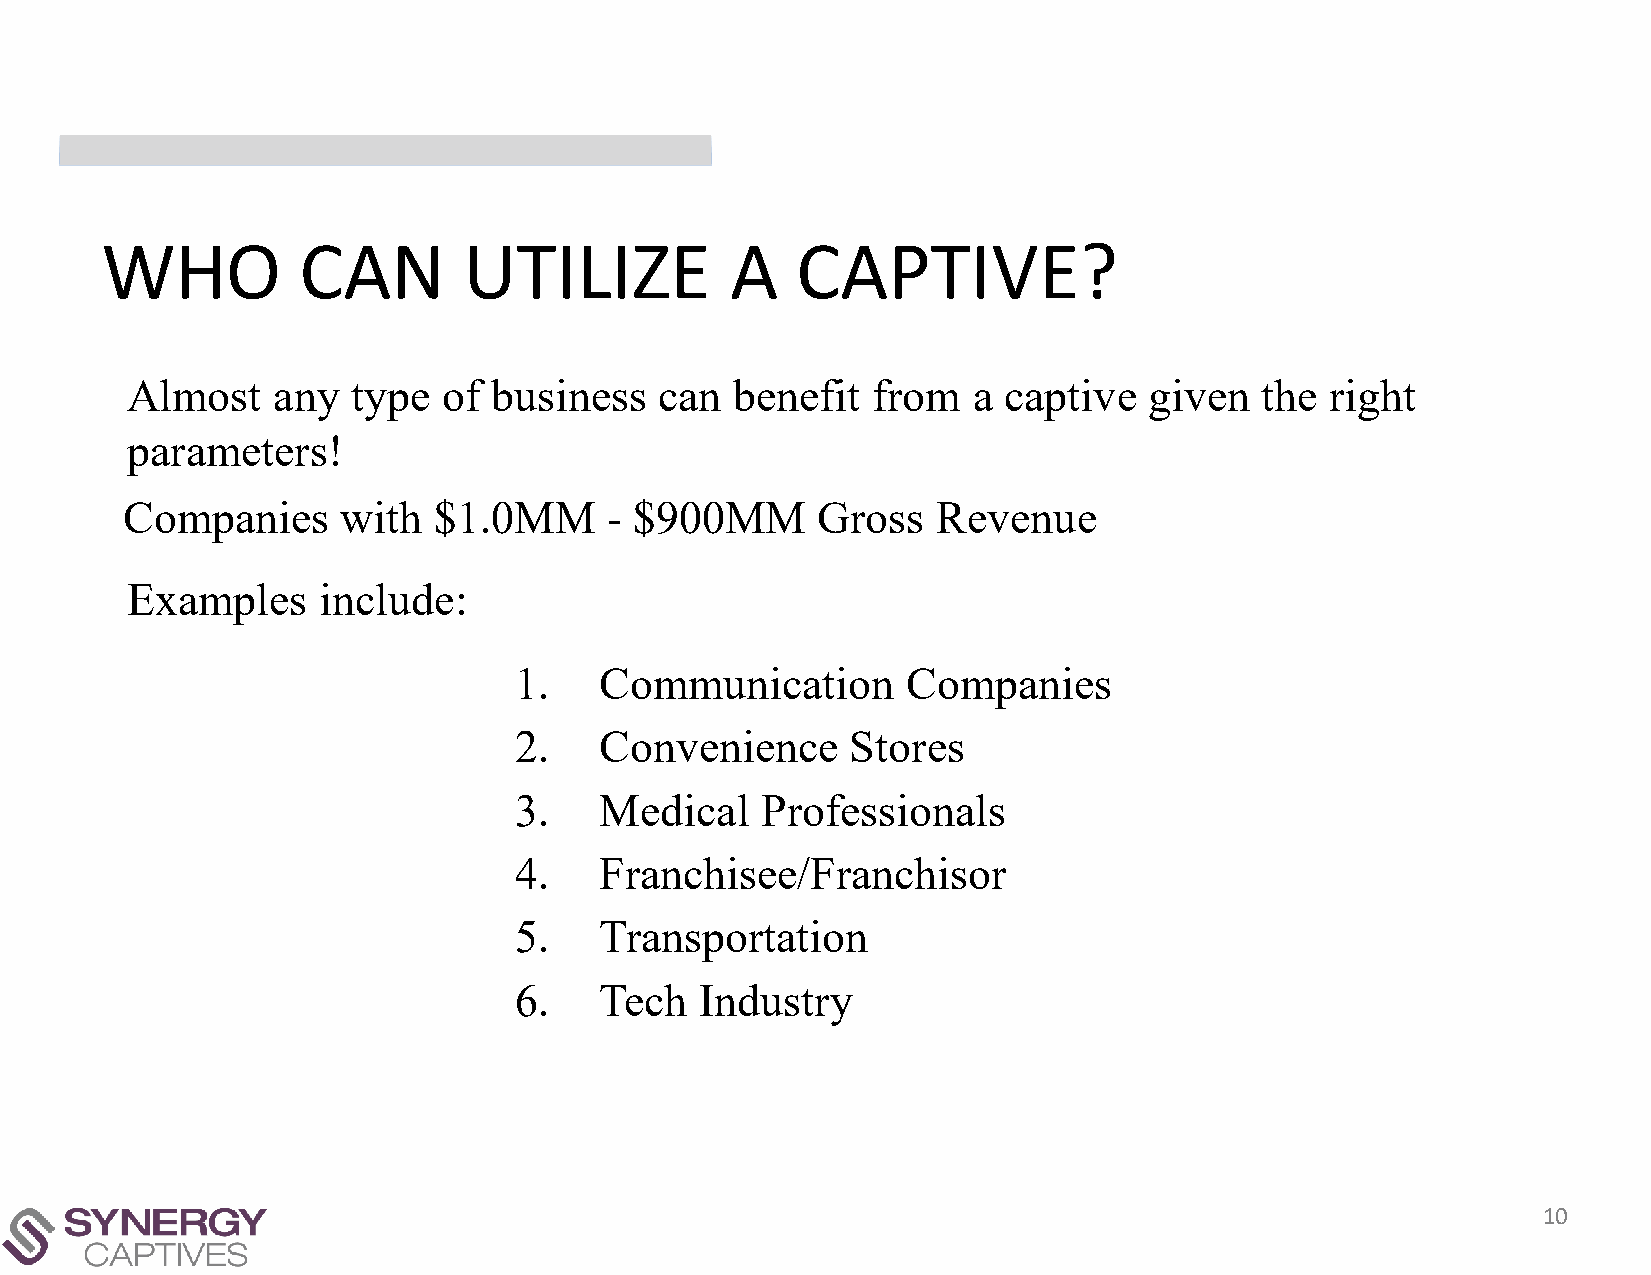
WHO          CAN        UTILIZE          A    CAPTIVE?
 Almost    any  type  of  business   can  benefit  from  a captive   given  the  right
 parameters!
 Companies      with  $1.0MM     - $900MM      Gross   Revenue
 Examples     include:
 1.    Communication       Companies
 2.    Convenience     Stores
 3.    Medical   Professionals
 4.    Franchisee/Franchisor
 5.    Transportation
 6.    Tech  Industry
 10